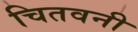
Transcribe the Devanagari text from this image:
चितवनी